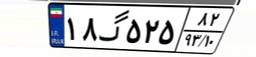
۱۸گ۵۲۵۸۲